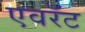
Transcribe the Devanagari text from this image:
एवरॅट